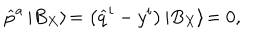
\widehat { p } ^ { a } \left| B _ { X } \right\rangle \! = \left( \widehat { q } ^ { i } - y ^ { i } \right) \left| B _ { X } \right\rangle \! = 0 ,